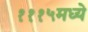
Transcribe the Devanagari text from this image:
१११५मध्ये